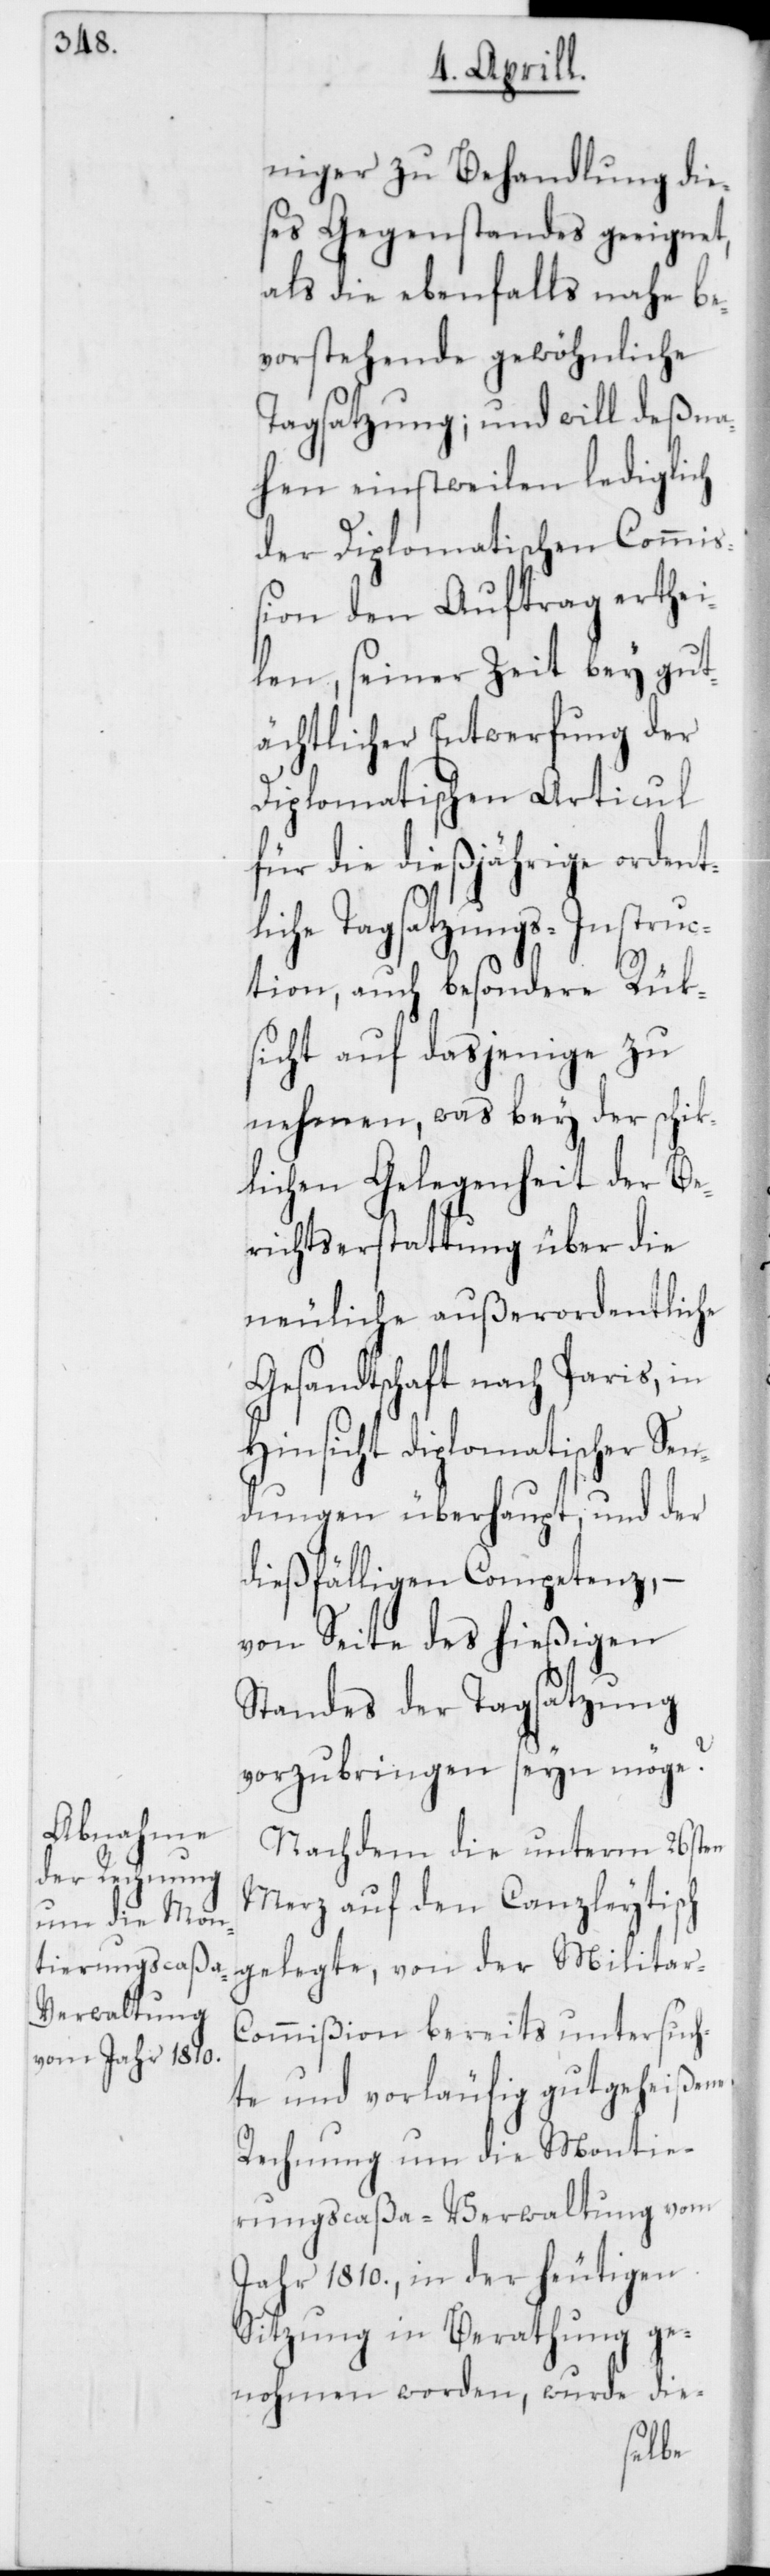
niger zu Behandlung die¬
ses Gegenstandes geeignet,
als die ebenfalls nahe be¬
vorstehende gewöhnliche
Tagsatzung; und will deßna¬
hen einstweilen lediglich
der Diplomatischen Commi¬
ßion den Auftrag erthei¬
len, seiner Zeit bey gut¬
ächtlicher Entwerfung der
Diplomatischen Articul
für die dießjährige ordent¬
liche Tagsatzungs-Instruc¬
tion, auch besondere Rük¬
sicht auf dasjenige zu
nehmen, was bey der schick¬
lichen Gelegenheit der Be¬
richtserstattung über die
neuliche außerordentliche
Gesandtschaft nach Paris, in
nsicht diplomatischer Se¬
ndungen überhaupt, und der
dießfälligen Competenz, –
von Seite des hießigen
Standes der Tagsatzung
vorzubringen seyn möge?
Nachdem die unterm 26sten
Merz auf den Canzleytisch
gelegte, von der Militar-C¬
ommißion bereits untersuch¬
te und vorläufig gutgeheißene
Rechnung um die Montie¬
rungscaßa-Verwaltung vom
Jahr 1810., in der heutigen
Sitzung in Berathung ge¬
nohmen worden, wurde die-
Hi¬